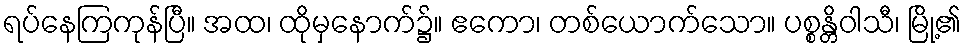
ရပ်နေကြကုန်ပြီ။ အထ၊ ထိုမှနောက်၌။ ဧကော၊ တစ်ယောက်သော။ ပစ္စန္တိဝါသီ၊ မြို့၏